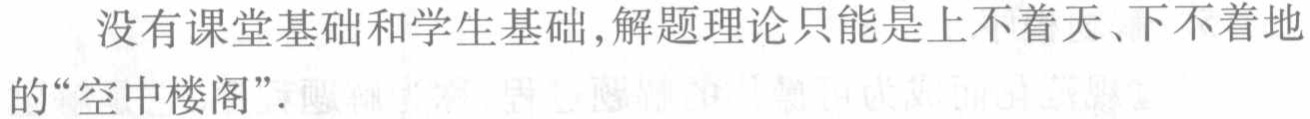
没有课堂基础和学生基础,解题理论只能是上不着天、下不着地的“空中楼阁”.